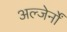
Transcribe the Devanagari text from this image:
अल्जेर्नों